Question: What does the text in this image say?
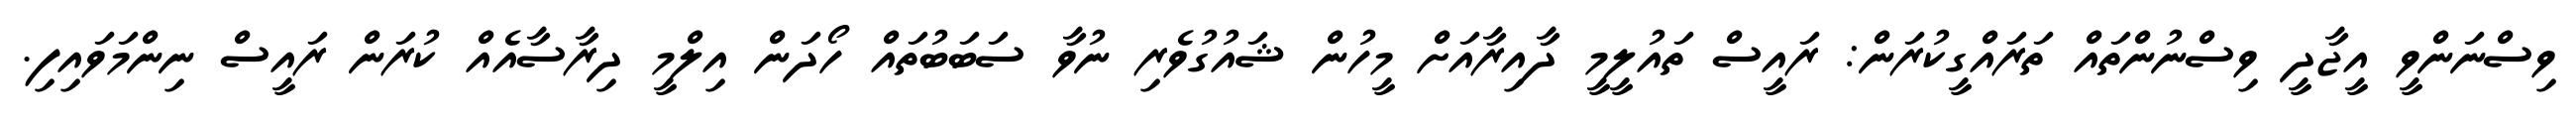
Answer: ވިސްނަންވީ އީޖާދީ ވިސްނުންތައް ތަރައްގީކުރަން: ރައީސް ތައުލީމީ ދާއިރާއަށް މީހުން ޝައުގުވެރި ނުވާ ސަބަބުތައް ހޯދަން އިލްމީ ދިރާސާއެއް ކުރަން ރައީސް ނިންމަވައިފި.